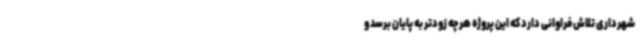
شهرداری تلاش فراوانی دارد که این پروژه هرچه زودتر به پایان برسد و